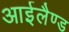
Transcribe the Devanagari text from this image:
आईलैण्‍ड